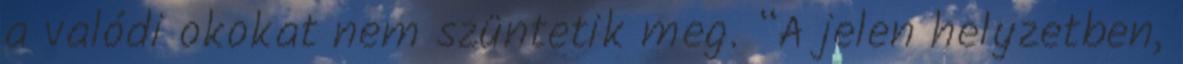
a valódi okokat nem szüntetik meg. “A jelen helyzetben,